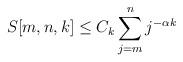
LaTeX: \begin{align*} S[m,n,k] \leq C_k \sum_{j=m}^{n} j^{-\alpha k}\end{align*}